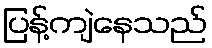
ပြန့်ကျဲနေသည်